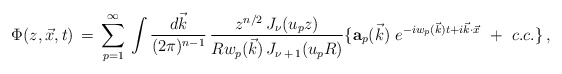
\begin{align*}\Phi(z,\vec x,t)\,=\,\sum_{p=1}^\infty \,\int { d \vec k \over (2\pi)^{n-1}}\,{z^{n/2} \,J_\nu (u_p z ) \over R w_p(\vec k ) \,J_{\nu\,+\,1} (u_p R ) }\lbrace { {\bf a}_p(\vec k )\ } e^{-iw_p(\vec k ) t +i\vec k \cdot \vec x}\,\,+\,\,c.c.\rbrace\,,\end{align*}